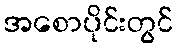
အစောပိုင်းတွင်